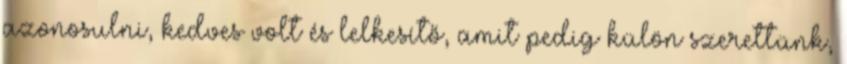
azonosulni, kedves volt és lelkesítő, amit pedig külön szerettünk,